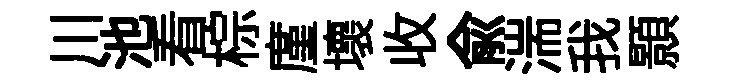
川池看棕廑壞收兪湍我顥